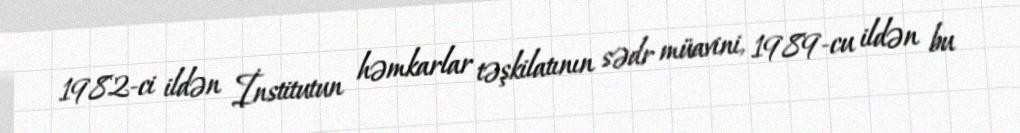
1982-ci ildən İnstitutun həmkarlar təşkilatının sədr müavini, 1989-cu ildən bu